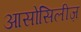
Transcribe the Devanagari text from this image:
आसोसिलीज़